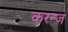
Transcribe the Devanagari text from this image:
करन्‍ज